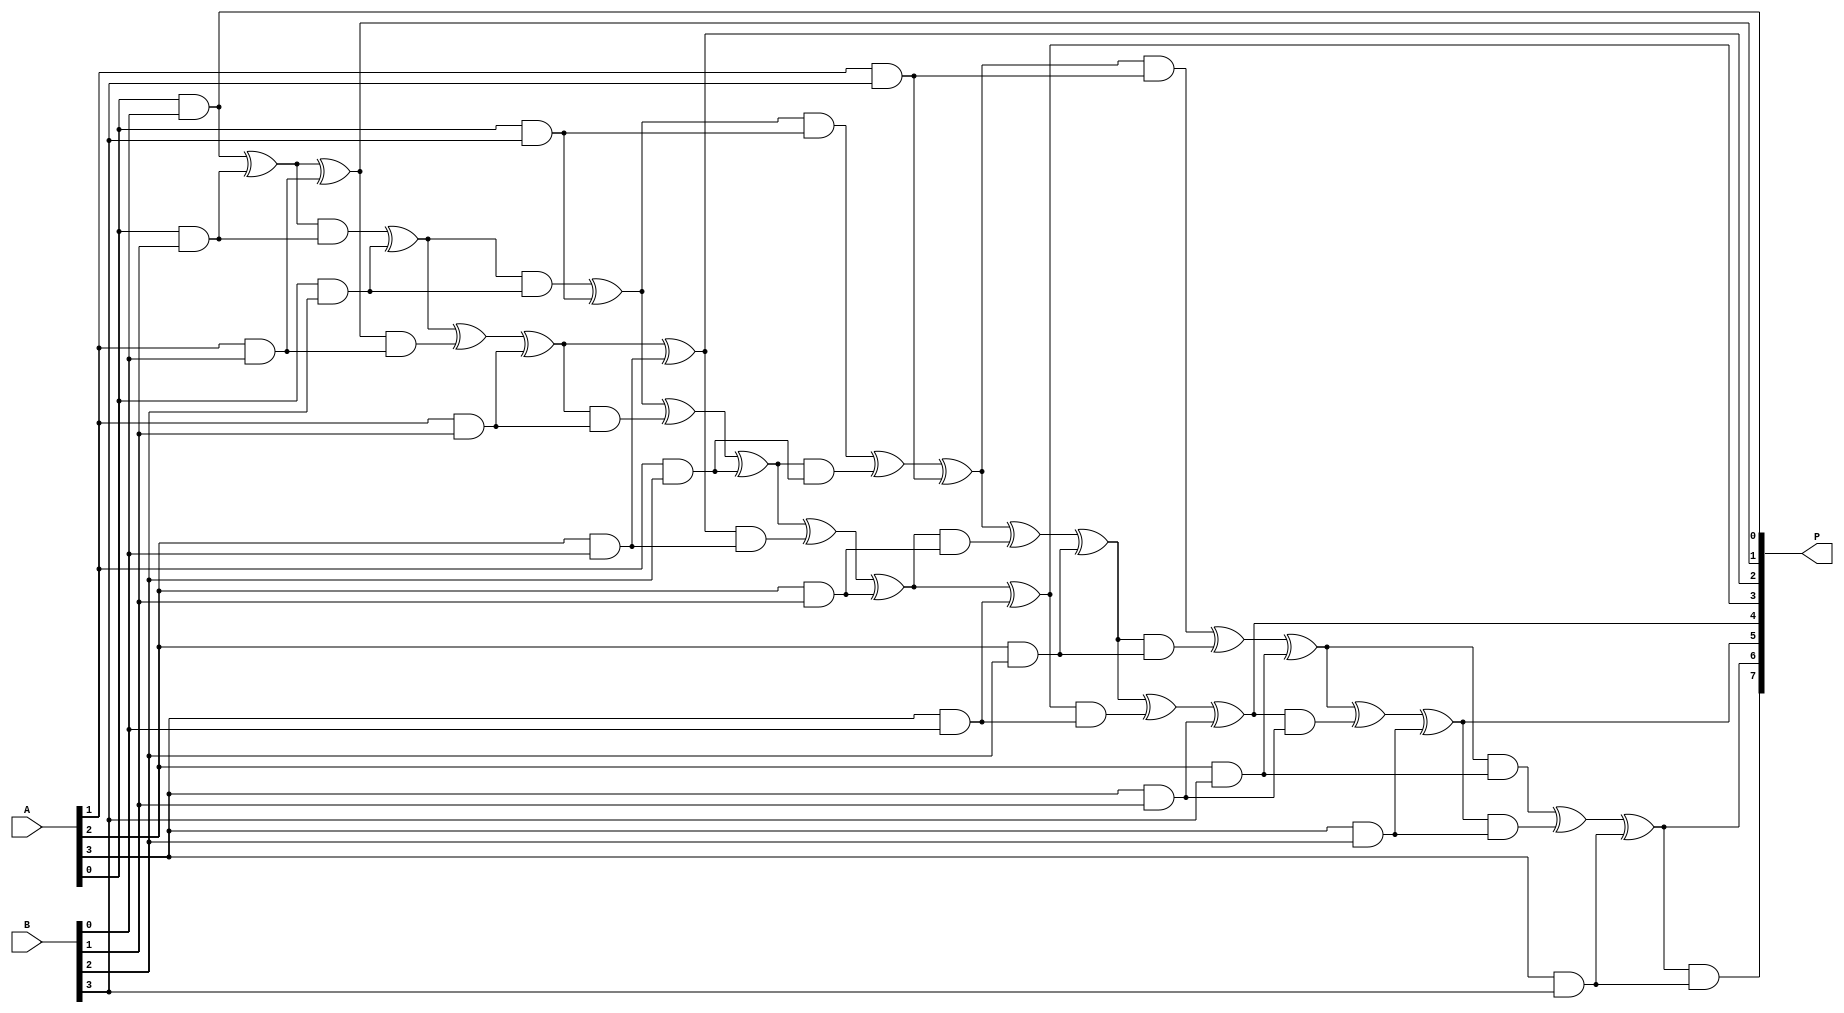
module vedic_multiplier #(parameter N = 4) (
    input [N-1:0] A,
    input [N-1:0] B,
    output reg [2*N-1:0] P
);

    // Internal signals for partial products
    reg [N-1:0] pp [0:N-1]; // Partial Products
    integer i, j;

    // Generate Partial Products
    always @(*) begin
        // Initialize product to zero
        P = 0;

        // Generate partial products using Urdhva-Tiryagbhyam
        for (i = 0; i < N; i = i + 1) begin
            for (j = 0; j < N; j = j + 1) begin
                pp[i][j] = A[i] & B[j]; // AND operation for partial product
            end
        end

        // Accumulate the Partial Products
        for (i = 0; i < N; i = i + 1) begin
            for (j = 0; j < N; j = j + 1) begin
                P[i + j] = P[i + j] ^ pp[i][j]; // XOR for sum
                P[i + j + 1] = P[i + j + 1] ^ (P[i + j] & pp[i][j]); // Carry propagation
            end
        end
    end

endmodule